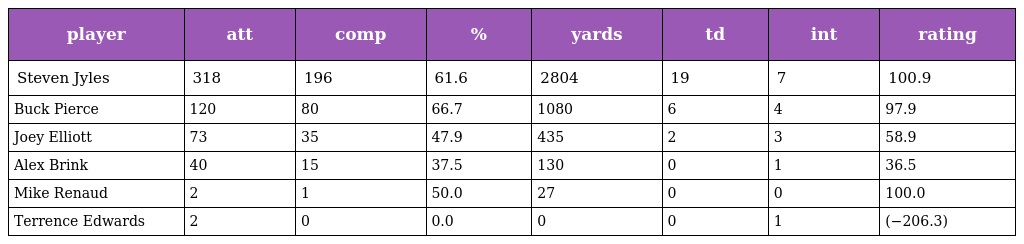
| player | att | comp | % | yards | td | int | rating |
 | --- | --- | --- | --- | --- | --- | --- | --- |
 | Steven Jyles | 318 | 196 | 61.6 | 2804 | 19 | 7 | 100.9 |
 | Buck Pierce | 120 | 80 | 66.7 | 1080 | 6 | 4 | 97.9 |
 | Joey Elliott | 73 | 35 | 47.9 | 435 | 2 | 3 | 58.9 |
 | Alex Brink | 40 | 15 | 37.5 | 130 | 0 | 1 | 36.5 |
 | Mike Renaud | 2 | 1 | 50.0 | 27 | 0 | 0 | 100.0 |
 | Terrence Edwards | 2 | 0 | 0.0 | 0 | 0 | 1 | (−206.3) |